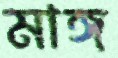
মাঙ্গ